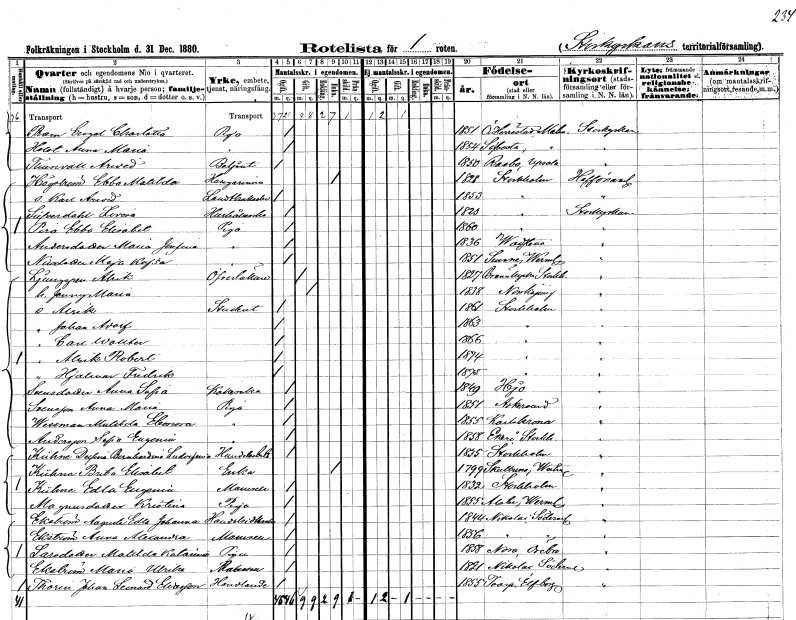
gt_parse: households: individuals: FN: Engel Charlotta
EN: Ram
YRKE: Piga
KON: K
CIV: O
FODAR: 1851
FODFORS: Herrestad Malmöhus län
FN: Anna Maria
EN: Holst
YRKE: Piga
KON: K
CIV: O
FODAR: 1854
FODFORS: Sövestad Malmöhus län
FN: Arved
EN: Thunevall
YRKE: Betjänt
KON: M
CIV: O
FODAR: 1850
FODFORS: Rasbo Uppsala län
FN: Ebba Matilda
EN: Högström
YRKE: Husägarinna
KON: K
CIV: E
FODAR: 1828
FODFORS: Stockholm
FN: Karl Arvid
YRKE: Lantbrukselev
KON: M
CIV: O
FODAR: 1853
FODFORS: Stockholm
FN: Lovisa
EN: Siperdahl
YRKE: Hushållerska
KON: K
CIV: O
FODAR: 1823
FODFORS: Stockholm
FN: Ebba Elisabet
EN: Pira
YRKE: Piga
KON: K
CIV: O
FODAR: 1860
FODFORS: Stockholm
FN: Maria Josefina
EN: Andersdotter
YRKE: Piga
KON: K
CIV: O
FODAR: 1836
FODFORS: Vadstena Östergötlands län
FN: Maja Kajsa
EN: Nilsdotter
YRKE: Piga
KON: K
CIV: O
FODAR: 1851
FODFORS: Sunne Värmlands län
FN: Alrik
EN: Ljunggren
YRKE: Överläkare
KON: M
CIV: G
FODAR: 1827
FODFORS: Brännkyrka Stockholms län
FN: Jenny Maria
KON: K
CIV: G
FODAR: 1838
FODFORS: Norrköping Östergötlands län
FN: Alrik
YRKE: Student
KON: M
CIV: O
FODAR: 1861
FODFORS: Stockholm
FN: Johan Adolf
KON: M
CIV: O
FODAR: 1863
FODFORS: Stockholm
FN: Carl Wollter
KON: M
CIV: O
FODAR: 1866
FODFORS: Stockholm
FN: Alrik Robert
KON: M
CIV: O
FODAR: 1874
FODFORS: Stockholm
FN: Hjalmar Fredrik
KON: M
CIV: O
FODAR: 1875
FODFORS: Stockholm
FN: Anna Sofia
EN: Svensdotter
YRKE: Kokerska
KON: K
CIV: O
FODAR: 1849
FODFORS: Hjo Skaraborgs län
FN: Anna Maria
EN: Svensson
YRKE: Piga
KON: K
CIV: O
FODAR: 1851
FODFORS: Askersund Örebro län
FN: Matilda Eleonora
EN: Wessman
YRKE: Piga
KON: K
CIV: O
FODAR: 1855
FODFORS: Karlskrona Blekinge län
FN: Sofia Eugenia
EN: Andersson
YRKE: Piga
KON: K
CIV: O
FODAR: 1858
FODFORS: Ekerö Stockholms län
FN: Delfina Bernhardina Ludvefemia
EN: Kühne
YRKE: Handelsbiträde
KON: K
CIV: O
FODAR: 1835
FODFORS: Stockholm
FN: Brita Elisabet
EN: Kühne
YRKE: Änka
KON: K
CIV: E
FODAR: 1799
FODFORS: Skultuna Västmanlands län
FN: Edla Eugenia
EN: Kühne
KON: K
CIV: O
FODAR: 1832
FODFORS: Stockholm
FN: Kristina
EN: Magnusdotter
YRKE: Piga
KON: K
CIV: O
FODAR: 1855
FODFORS: Alster Värmlands län
FN: Augusta Edla Johanna
EN: Ekström
YRKE: Handelsidkerska
KON: K
CIV: O
FODAR: 1844
FODFORS: Nikolai Södermanlands län
FN: Anna Alexandra
EN: Ekström
KON: K
CIV: O
FODAR: 1856
FODFORS: Nikolai Södermanlands län
FN: Matilda Katarina
EN: Larsdotter
YRKE: Piga
KON: K
CIV: O
FODAR: 1858
FODFORS: Nora Örebro län
FN: Maria Ulrika
EN: Ekström
KON: K
CIV: O
FODAR: 1821
FODFORS: Nikolai Södermanlands län
FN: Johan Leonard
EN: Thoren Eldsson
YRKE: Handlande
KON: M
CIV: O
FODAR: 1855
FODFORS: Toarp Älvsborgs län